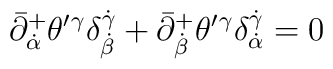
\bar{\partial}^{+}_{\dot{\alpha}}\theta^{\prime}{}^{\gamma}\delta^{\dot{\gamma}}_{\dot{\beta}}+\bar{\partial}^{+}_{\dot{\beta}}\theta^{\prime}{}^{\gamma}\delta^{\dot{\gamma}}_{\dot{\alpha}}=0